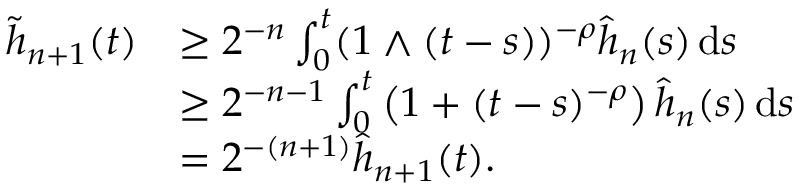
\begin{array} { r l } { \widetilde { h } _ { n + 1 } ( t ) } & { \ge 2 ^ { - n } \int _ { 0 } ^ { t } ( 1 \wedge ( t - s ) ) ^ { - \rho } \widehat { h } _ { n } ( s ) \, \ensuremath { \mathrm { d } } s } \\ & { \ge 2 ^ { - n - 1 } \int _ { 0 } ^ { t } \left( 1 + ( t - s ) ^ { - \rho } \right) \widehat { h } _ { n } ( s ) \, \ensuremath { \mathrm { d } } s } \\ & { = 2 ^ { - ( n + 1 ) } \widehat { h } _ { n + 1 } ( t ) . } \end{array}